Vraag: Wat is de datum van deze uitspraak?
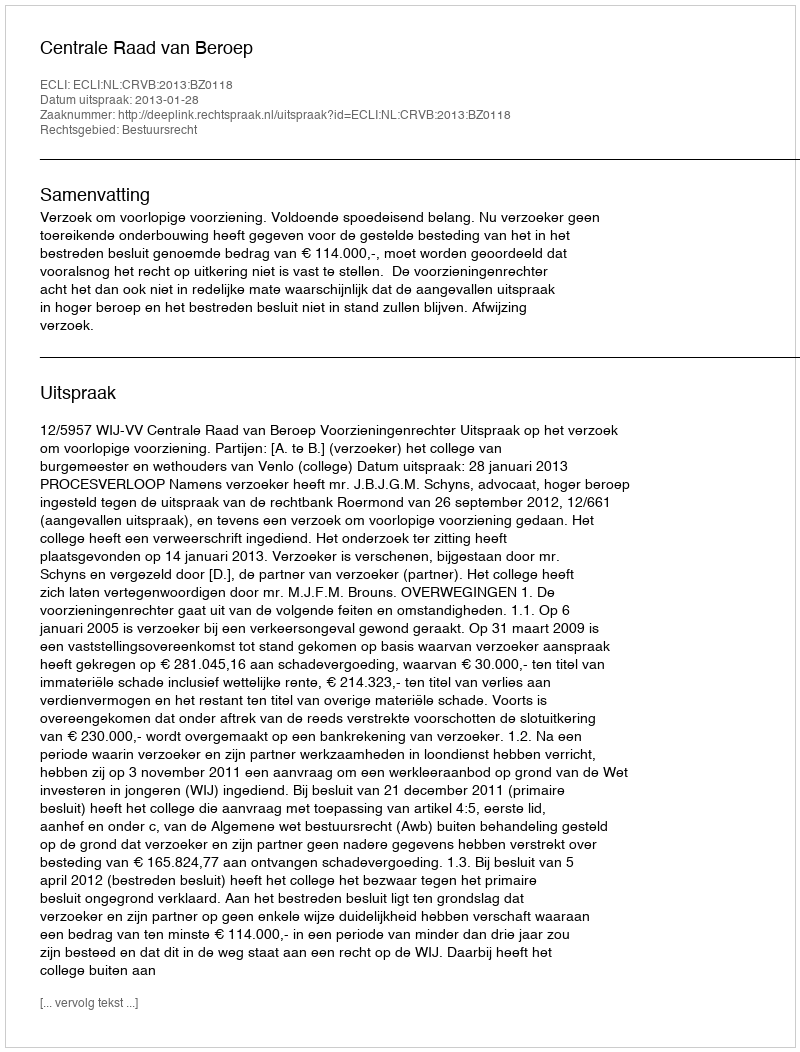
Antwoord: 2013-01-28